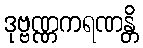
ဒုဗ္ဗဏ္ဏကရဏန္တိ